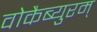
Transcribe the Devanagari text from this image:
वोकैब्युरम्